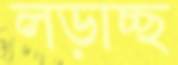
লড়াচ্ছ